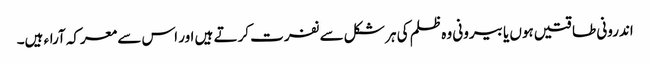
اندرونی طاقتیں ہوں یا بیرونی وہ ظلم کی ہر شکل سے نفرت کرتے ہیں اور اس سے معرکہ آراء ہیں۔